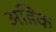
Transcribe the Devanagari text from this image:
अडिक